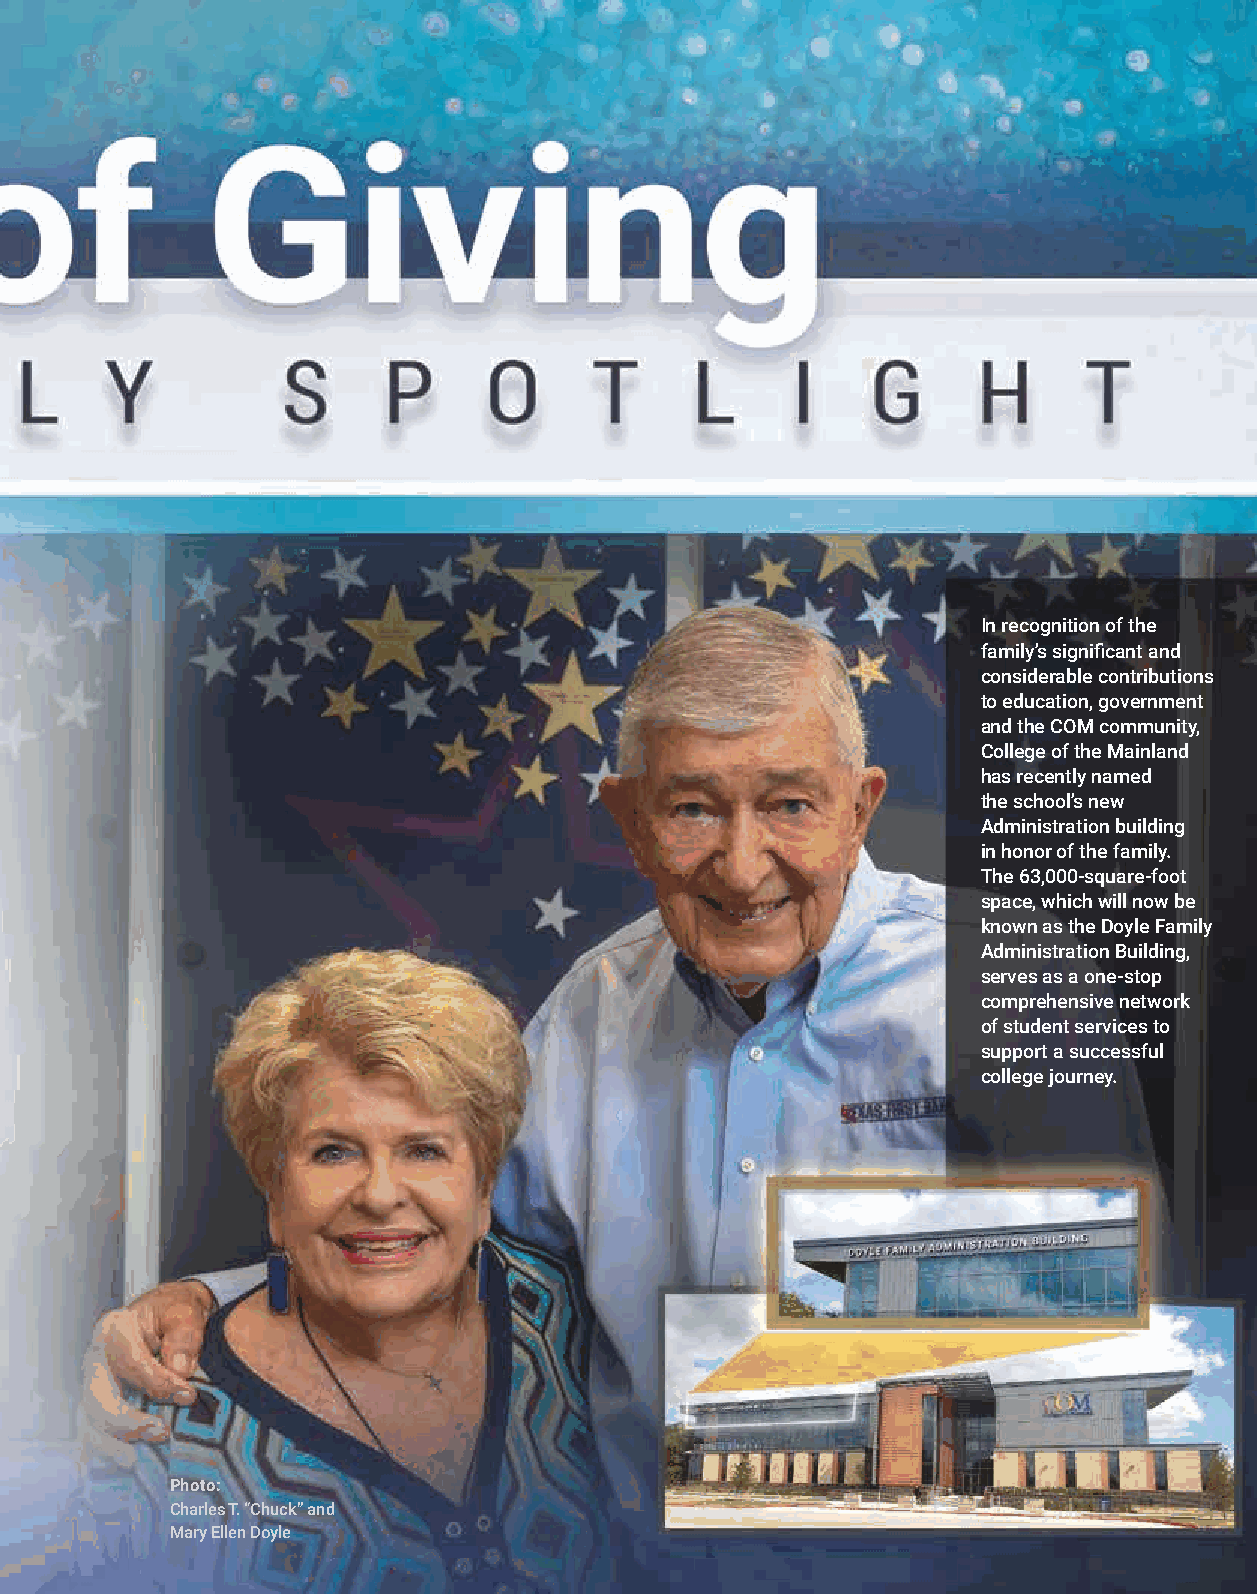
In recognition of the
 family’s significant and
 considerable contributions
 to education, government
 and the COM community,
 College of the Mainland
 has recently named
 the school’s new
 Administration building
 in honor of the family.
 The 63,000-square-foot
 space, which will now be
 known as the Doyle Family
 Administration Building,
 serves as a one-stop
 comprehensive network
 of student services to
 support a successful
 college journey.
 Photo:
 Charles T. “Chuck” and
 Mary Ellen Doyle